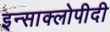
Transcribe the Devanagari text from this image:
इन्साक्लोपीदी